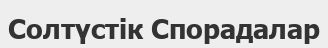
Солтүстік Спорадалар